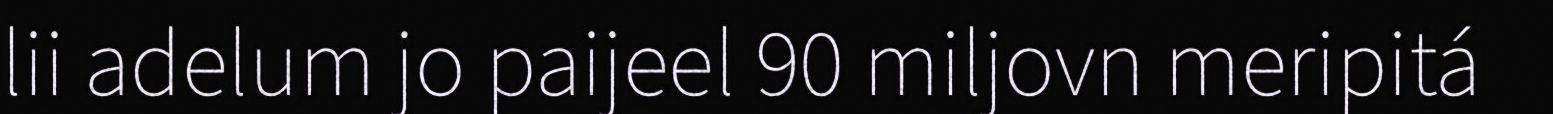
lii adelum jo paijeel 90 miljovn meripitá